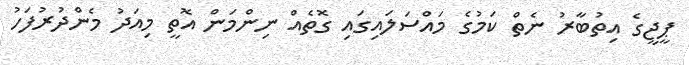
ޕީޖީގެ އިތުބާރު ނެތް ކަމުގެ މައްސަލައިގައި ގޮތެއް ނިންމަން އޮތީ މިއަދު މެންދުރުފަހު